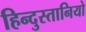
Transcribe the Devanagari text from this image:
हिन्दुस्तानियो